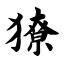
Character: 獠